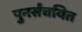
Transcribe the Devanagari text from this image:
पुनर्संचयित